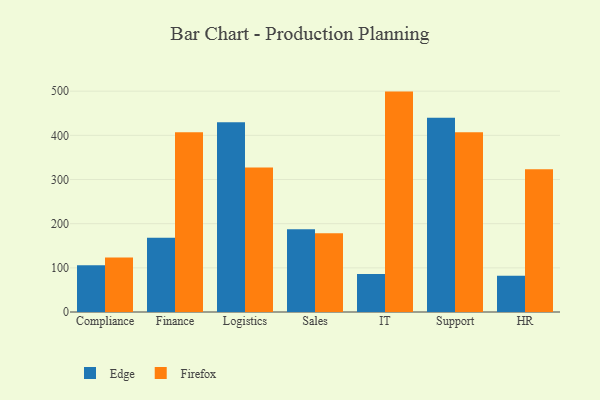
{"axis": {"x": "Department", "y": "Customer Acquisition Cost (USD)"}, "legend": ["Edge", "Firefox"], "data": [{"x": "Compliance", "y": 105.7, "type": "Edge"}, {"x": "Compliance", "y": 123.4, "type": "Firefox"}, {"x": "Finance", "y": 167.9, "type": "Edge"}, {"x": "Finance", "y": 407.1, "type": "Firefox"}, {"x": "Logistics", "y": 429.6, "type": "Edge"}, {"x": "Logistics", "y": 327.0, "type": "Firefox"}, {"x": "Sales", "y": 187.3, "type": "Edge"}, {"x": "Sales", "y": 178.3, "type": "Firefox"}, {"x": "IT", "y": 85.8, "type": "Edge"}, {"x": "IT", "y": 499.1, "type": "Firefox"}, {"x": "Support", "y": 440.1, "type": "Edge"}, {"x": "Support", "y": 407.0, "type": "Firefox"}, {"x": "HR", "y": 82.1, "type": "Edge"}, {"x": "HR", "y": 323.4, "type": "Firefox"}]}